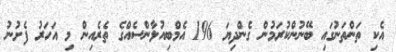
އެކި ތަންތަނުގައި ބޭނުންކުރަމުން ގެންދިޔަ 196 އެމްބިއުލާންސެއްގެ ތެރެއިން މި އަހަރު ފެށުނު